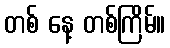
တစ် နေ့ တစ်ကြိမ်။